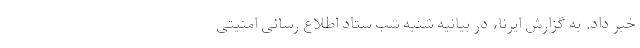
خبر داد. به گزارش ایرنا، در بیانیه شنبه شب ستاد اطلاع رسانی امنیتی